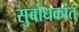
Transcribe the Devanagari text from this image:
सुबोधकांत